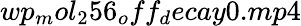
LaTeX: wp_{m}ol_{2}56_{o}ff_{d}ecay0.mp4